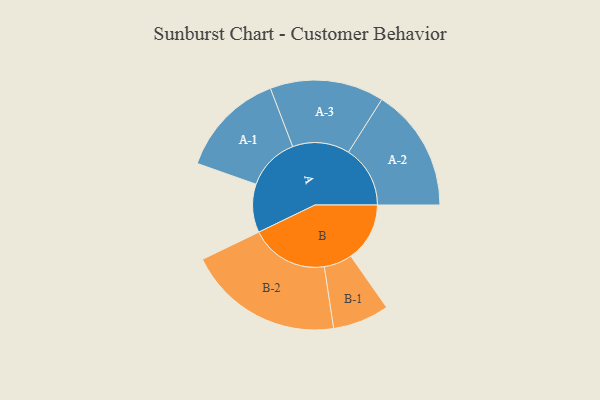
{"axis": {"x": "Segment", "y": "Value"}, "legend": ["", "A", "B"], "data": [{"x": "A", "y": 185, "type": ""}, {"x": "B", "y": 225, "type": ""}, {"x": "A-1", "y": 203, "type": "A"}, {"x": "A-2", "y": 236, "type": "A"}, {"x": "A-3", "y": 218, "type": "A"}, {"x": "B-1", "y": 108, "type": "B"}, {"x": "B-2", "y": 298, "type": "B"}]}